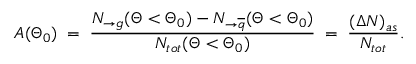
A ( \Theta _ { 0 } ) \; = \; \frac { N _ { \rightarrow g } ( \Theta < \Theta _ { 0 } ) - N _ { \rightarrow \overline { { { q } } } } ( \Theta < \Theta _ { 0 } ) } { N _ { t o t } ( \Theta < \Theta _ { 0 } ) } \; = \; \frac { ( \Delta N ) _ { a s } } { N _ { t o t } } .